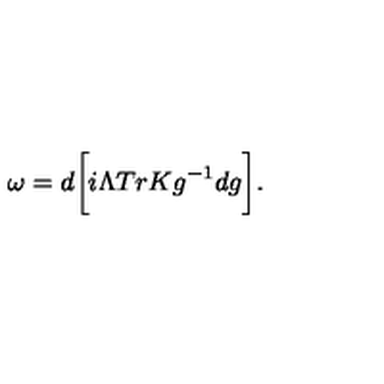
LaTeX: { \omega } = d \bigg [ i { \Lambda } T r K g ^ { - 1 } d g \bigg ] .